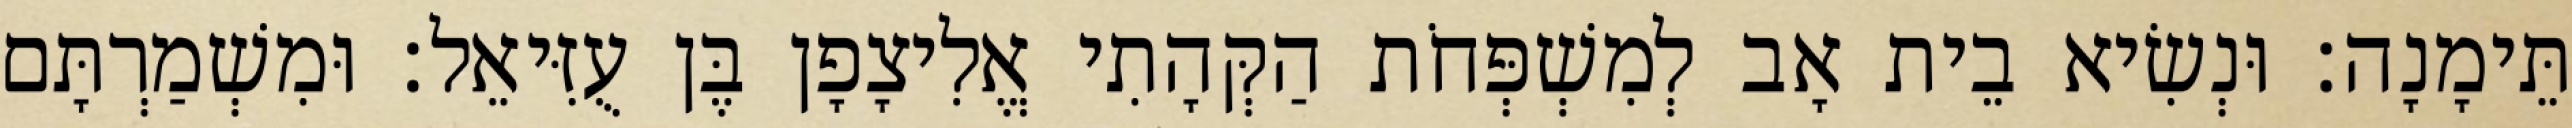
תֵּימָנָה׃ וּנְשִׂיא בֵית אָב לְמִשְׁפְּחֹת הַקְּהָתִי אֱלִיצָפָן בֶּן עֻזִּיאֵל׃ וּמִשְׁמַרְתָּם